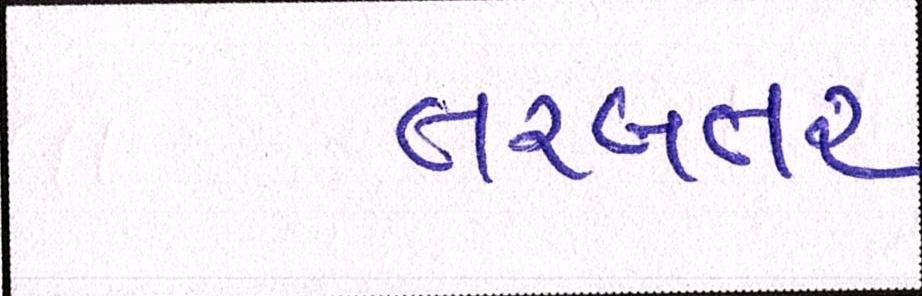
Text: તરબતર